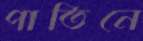
পাতিনে